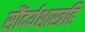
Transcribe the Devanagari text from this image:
सौंदर्यशास्त्रहि